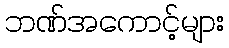
ဘဏ်အကောင့်များ